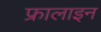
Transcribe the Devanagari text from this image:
फ्रालाइन